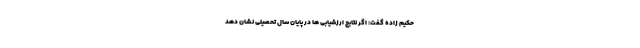
حکیم زاده گفت: اگر نتایج ارزشیابی ها در پایان سال تحصیلی نشان دهد